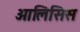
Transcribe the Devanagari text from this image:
ओलिसिस